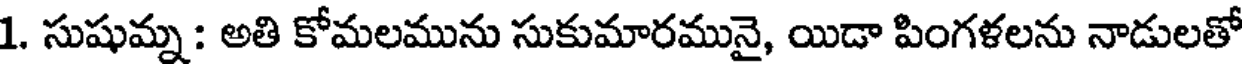
1. సుషుమ్న : అతి కోమలమును సుకుమారమునై, యిడా పింగళలను నాడులతో